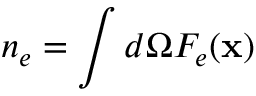
n _ { e } = \int d \Omega F _ { e } ( \mathbf { x } )